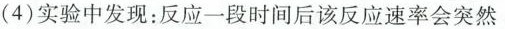
(4)实验中发现：反应一段时间后该反应速率会突然